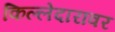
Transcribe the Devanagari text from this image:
किल्लेदारावर